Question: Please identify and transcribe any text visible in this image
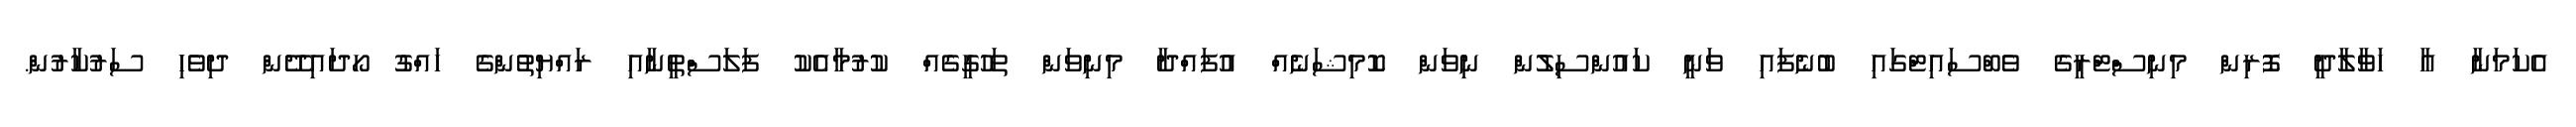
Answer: އެކަމަނާ އާ ހަވާލާދީ ފޮރިން މިނިސްޓްރީގެ ވެބްސައިޓްގައި ބުނެފައި ވަނީ ކައުންސިލުން ނިވަން ކޮމިޝަނެއް އުފައްދާ މިނިވަން ތަހުގީގެއް ކުރުމާއެކު ފަލަސްތީނާއި ރައްޔިތުންގެ ހައްގު ހޯދައިދޭން ދިވެހި ސަރުކާރުން.